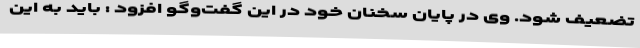
تضعیف شود. وی در پایان سخنان خود در این گفت‌وگو افزود : باید به این